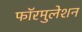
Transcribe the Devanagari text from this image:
फॉरमुलेशन